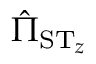
\ensuremath { \hat { \Pi } } _ { \ensuremath { \mathrm { S } } \ensuremath { \mathrm { T } } _ { z } }